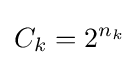
C_{k}=2^{n_{k}}